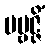
ပဗ္ဗဇ္ဇိံ